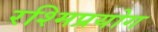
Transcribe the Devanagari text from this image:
रश्मिप्रयोग